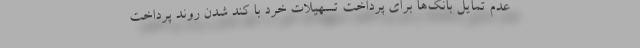
عدم تمایل بانک‌ها برای پرداخت تسهیلات خرد با کُند شدن روند پرداخت